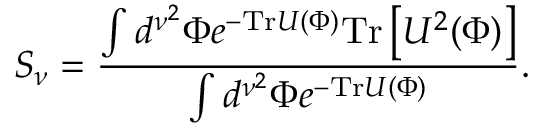
S _ { \nu } = { \frac { \int d ^ { \nu ^ { 2 } } \Phi e ^ { - \mathrm { T r } U ( \Phi ) } \mathrm { T r } \left[ U ^ { 2 } ( \Phi ) \right] } { \int d ^ { \nu ^ { 2 } } \Phi e ^ { - \mathrm { T r } U ( \Phi ) } } } .